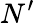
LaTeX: N^{\prime}